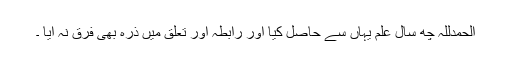
الحمدللہ چھ سال علم یہاں سے حاصل کیا اور رابطہ اور تعلق میں ذرہ بھی فرق نہ آیا ۔